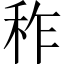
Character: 秨